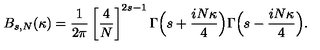
B _ { s , N } ( \kappa ) = \frac { 1 } { 2 \pi } \left[ \frac { 4 } { N } \right] ^ { 2 s - 1 } \Gamma \Bigl ( s + \frac { i N \kappa } { 4 } \Bigr ) \Gamma \Bigl ( s - \frac { i N \kappa } { 4 } \Bigr ) .